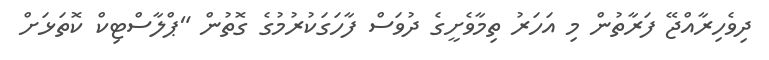
ދިވެހިރާއްޖޭ ފަރާތުން މި އަހަރު ތިމާވެށީގެ ދުވަސް ފާހަގަކުރުމުގެ ގޮތުން "ޕްލާސްޓިކް ކޮތަޅަށް